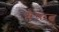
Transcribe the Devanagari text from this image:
म्लेच्छत्व